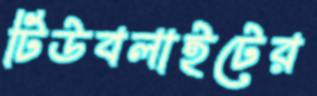
টিউবলাইটের